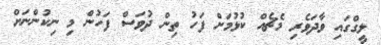
ލީގްގައި ވާދަވެރި މެޗެއް ކުޅުމަށް ފަހު ތިން ދުވަސް ފަހުން މި ނިކުންނަށް